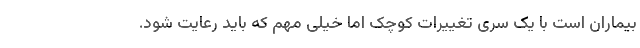
بیماران است با یک سری تغییرات کوچک اما خیلی مهم که باید رعایت شود.